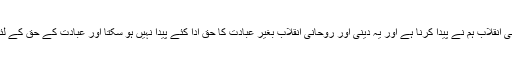
ہمارا دعویٰ ہے کہ دنیا میں دینی اور روحانی انقلاب ہم نے پیدا کرنا ہے اور یہ دینی اور روحانی انقلاب بغیر عبادت کا حق ادا کئے پیدا نہیں ہو سکتا اور عبادت کے حق کے لئے سب سے اہم اور ضروری چیز نماز ہے۔